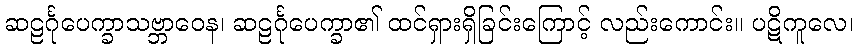
ဆဠင်္ဂုပေက္ခာသဗ္ဘာဝေန၊ ဆဠင်္ဂုပေက္ခာ၏ ထင်ရှားရှိခြင်းကြောင့် လည်းကောင်း။ ပဋိကူလေ၊